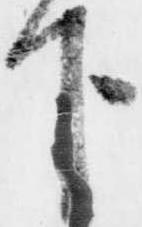
下